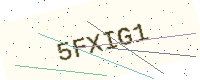
Text: 5FXIG1